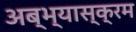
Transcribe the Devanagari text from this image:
अब्भ्यास्क्रम